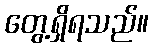
တွေ့ရှိရသည်။